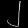
Digit: ၂